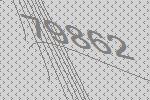
79862